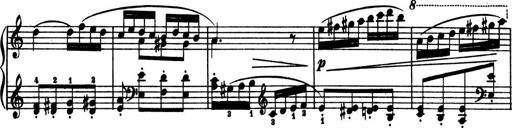
Title: 2 Sonatinen
Composer: Lambertus Adrianus van Tetterode